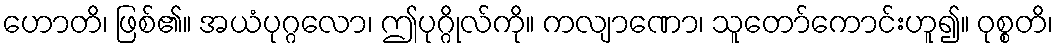
ဟောတိ၊ ဖြစ်၏။ အယံပုဂ္ဂလော၊ ဤပုဂ္ဂိုလ်ကို။ ကလျာဏော၊ သူတော်ကောင်းဟူ၍။ ဝုစ္စတိ၊